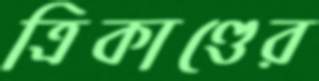
ত্রিকাণ্ডের